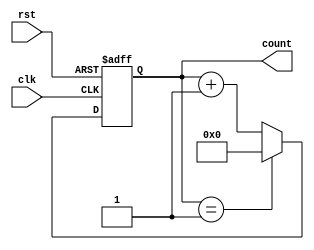
module ModulusCounter (
  input wire clk,
  input wire rst,
  output reg [7:0] count
);

reg [2:0] modulo = 5'd10;

always @(posedge clk or posedge rst) begin
  if (rst) begin
    count <= 8'd0;
  end else begin
    if (count == modulo - 1) begin
      count <= 8'd0;
    end else begin
      count <= count + 8'd1;
    end
  end
end

endmodule